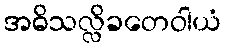
အဓိသလ္လိခတေဝါယံ